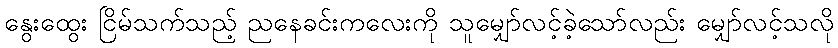
နွေးထွေး ငြိမ်သက်သည့် ညနေခင်းကလေးကို သူမျှော်လင့်ခဲ့သော်လည်း မျှော်လင့်သလို